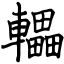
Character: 轠